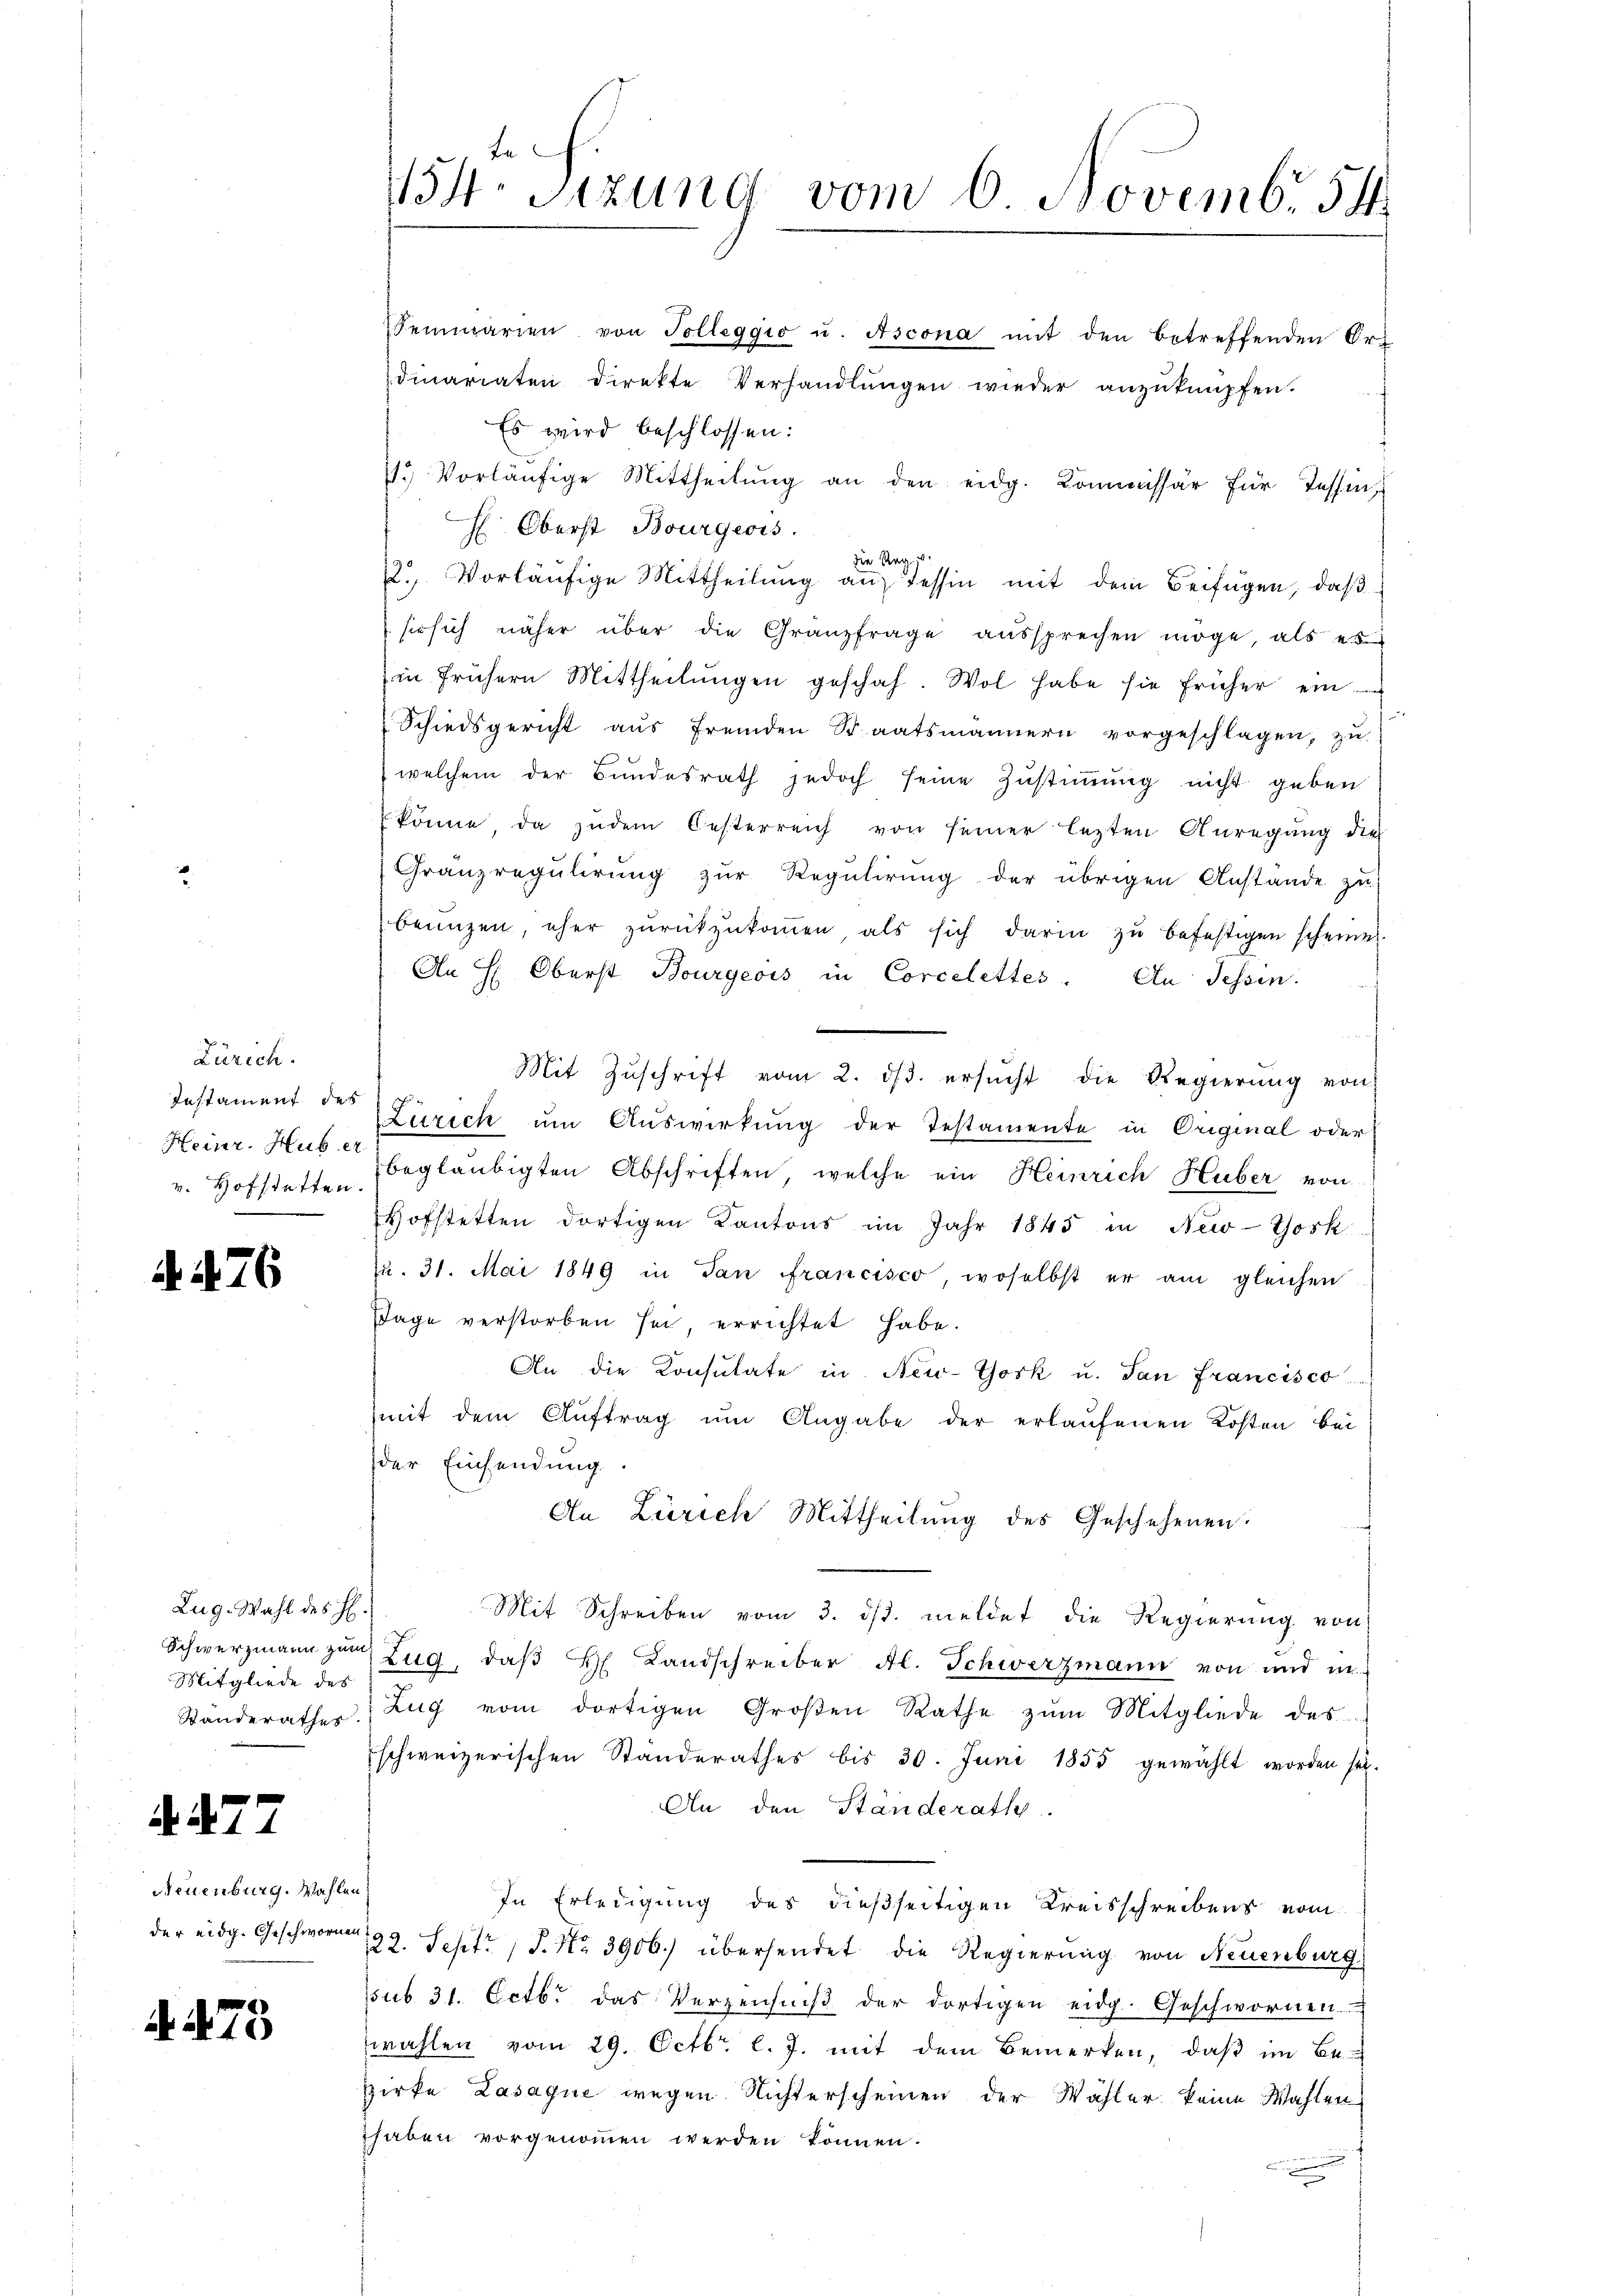
Zürich.
Instament des
Heinr. Huber
v. Hofstatten.

. 76

Zug. Wahl des H.
Mitgliede des

477

Neuenburg. Wahlen,
der eidg. Geschworn

. 475

t
154. Sitzung vom 6 Novemb. 54.

Semmarien von Tolleggio u. Ascona mit den betreffenden Ort
dinariaten direkte Verhandlŭngen wieder anzuknüpfen.
Es wird beschlossen:
1. Vorläŭfige Mittheilŭng an den eidg. Kommissär für Tessin
H. Oberst Bourgeois.
die Regi
2. Vorläŭfige Mittheilŭng aŭf Tessin mit dem Beifügen, daβ
sie sich näher über die Granzfrage aŭssprechen möge, als es
in frühern Mittheilŭngen geschah. Wol habe sie früher ein
Schiedsgericht aŭs fremden Staatsmännern vorgeschlagen, zu
welchem der Bŭndesrath jedoch seine Zŭstiṁŭng nicht geben
könne da zudem Oesterreich von seiner lezten Anregung die
Gränzregulirung zur Regulirung der übrigen Anstande zu
beunzen, eher zurückzukommen als sich darin zu befestigen scheine
An H. Oberst Bourgeois in Corcelettes. An Tessin.
Mit Zŭschrift vom 2. dβ. ersŭcht die Regierŭng von
Zürich um Auswirkung der Testamente in Original oder
beglaubigten Abschriften, welche ein Heinrich Huber von
Hofstetten dortigen Kantons im Jahr 1845 in New-Yosk
u. 31. Mai 1849 in Tan francisco, woselbst er am gleichen
Jage verstorben sei, errichtet habe.
An die Konsulate in New-York u. dan francisco
mit dem Aŭftrag ŭm Angabe der erlaŭfenen Kosten bei
der Einsendung.
An Zürich Mittheilung des Geschehenen.
Mit Schreiben vom 3. ds. meldet die Regierung von
Schwerzmann zur Zug, daβ H. Landschreiber Al. Schwerzmann von und in
Standerathes Zug vom dortigen Großen Rathe zŭm Mitgliede des
schweizerischen Standerathes bis 30. Juni 1855 gewählt worden sei.
An den Ständerath.
In Erledigung des dießseitigen Kreisschreibens vom
d
122. Sept. 1 S. Nr. 3906) übersendet die Regierung von Neuenburg
ssub 31. Octbr. das Verzeichniβ der dortigen eidg. Geschwornen
wahlen vom 29. Octbr. l. J. mit dem Bemerken, daß im Be-
Zirke Lasague wegen Nichterscheinen der Wähler keine Wahlen
haben vorgenommen werden können.